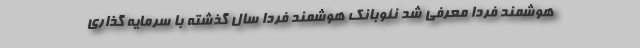
هوشمند فردا معرفی شد نئوبانک هوشمند فردا سال گذشته با سرمایه گذاری